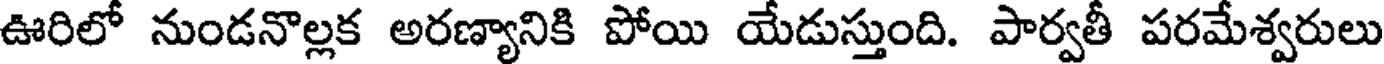
ఊరిలో నుండనొల్లక అరణ్యానికి పోయి యేడుస్తుంది. పార్వతీ పరమేశ్వరులు